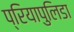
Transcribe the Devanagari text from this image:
प्रियापुलिडा